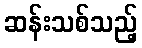
ဆန်းသစ်သည့်